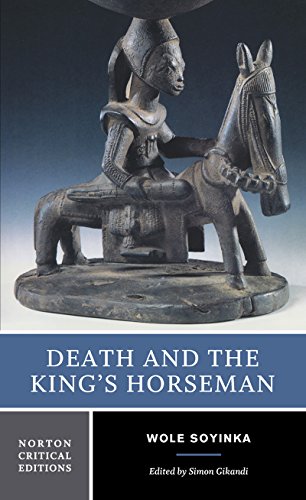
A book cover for Death and the King's Horseman: Authoritative Text, Backgrounds and Contexts, Criticism, Norton; Wole Soyinka; Literature & Fiction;